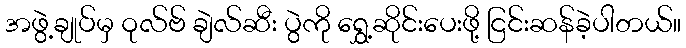
အဖွဲ့ချုပ်မှ ဝုလ်ဗ် ချဲလ်ဆီး ပွဲကို ရွှေ့ဆိုင်းပေးဖို့ ငြင်းဆန်ခဲ့ပါတယ်။